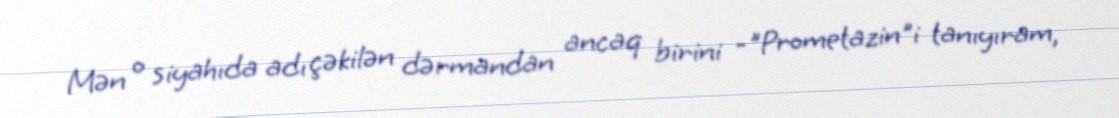
Mən o siyahıda adı çəkilən dərmandan ancaq birini -"Prometazin"i tanıyıram,